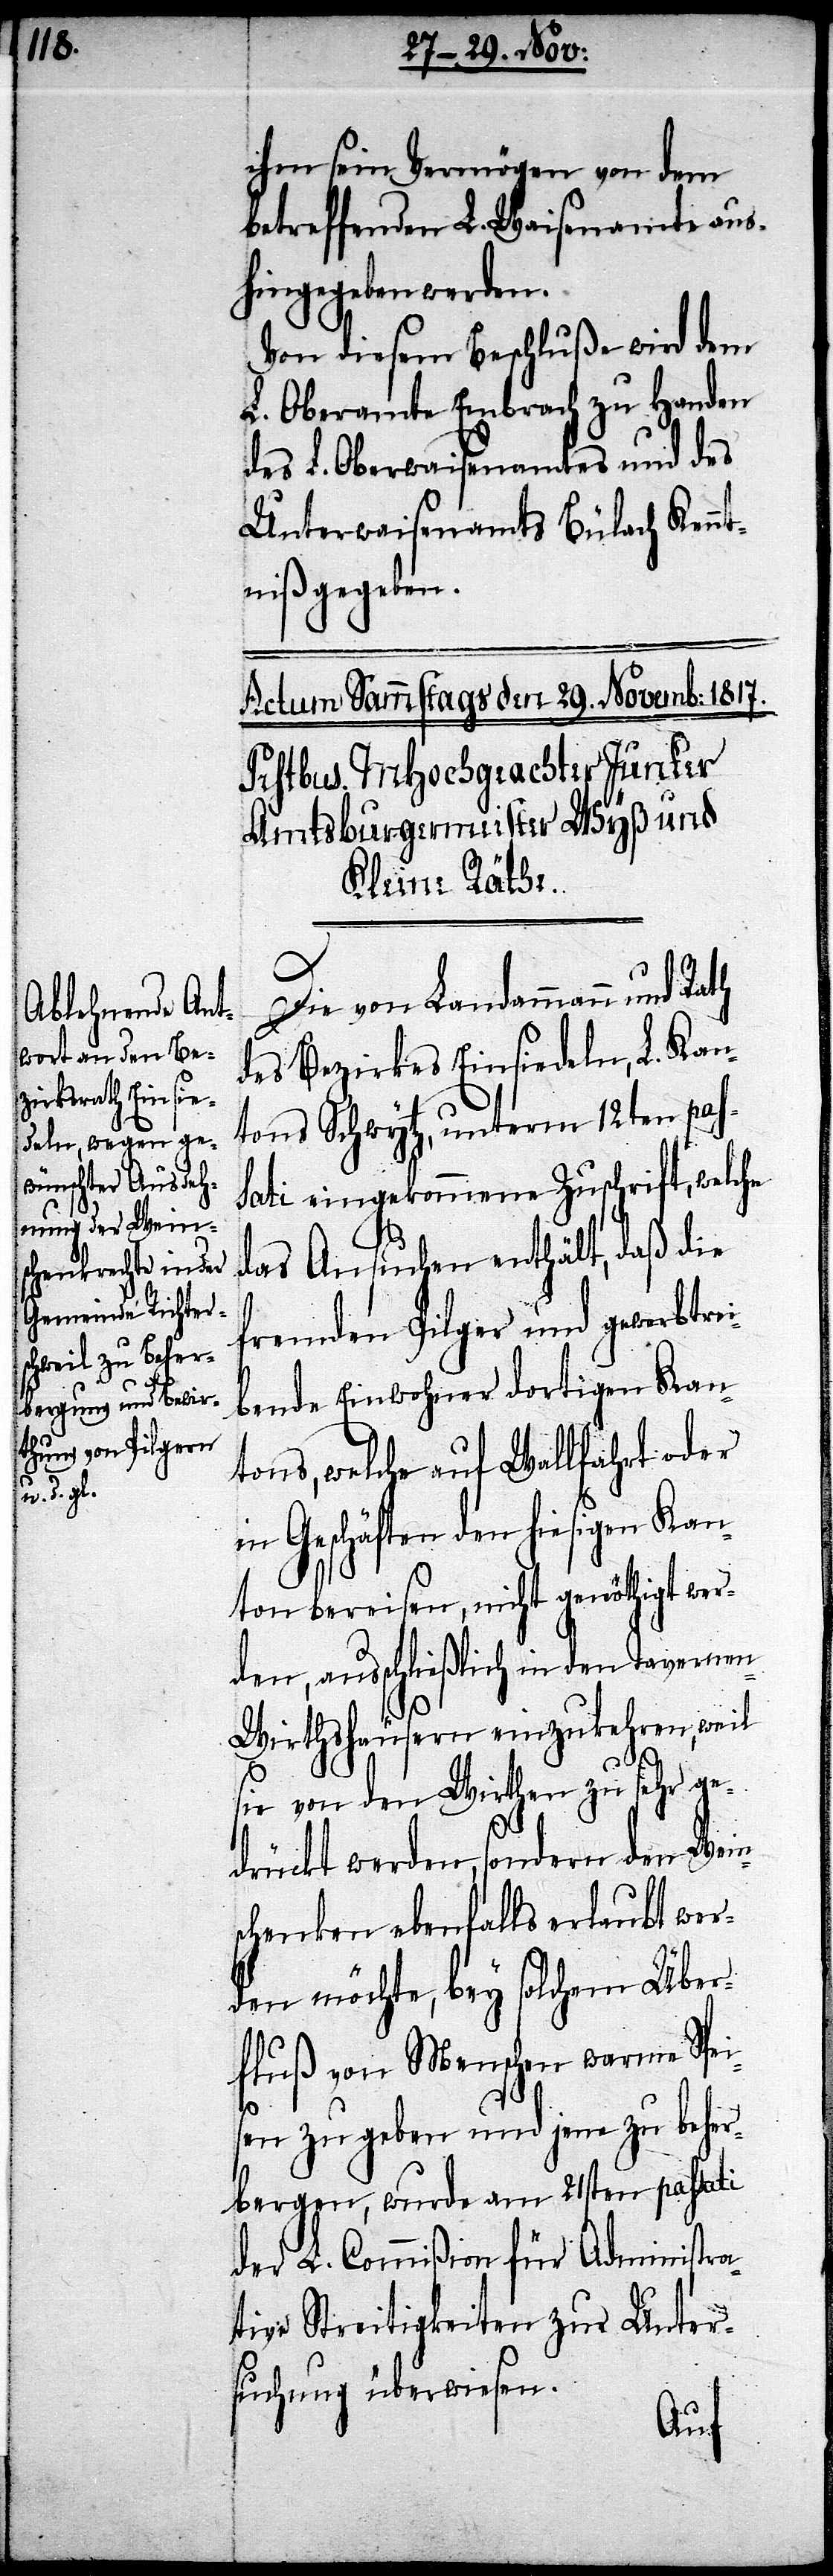
ihm sein Vermögen von dem
betreffenden L. Waisenamte aus¬
hingegeben werden.
Von diesem Beschluße wird dem
L. Oberamte Embrach zu Handen
des L. Oberwaisenamtes und des
Unterwaisenamtes Bülach Kenn¬
tniß gegeben.
Die von Landammann und Rath
des Bezirkes Einsiedeln, L. Kan¬
tons Schwytz, unterm 12ten pas¬
sati eingekommene Zuschrift, welche
das Ansuchen enthält, daß die
fremden Pilger und gewerbtre¬
ibenden Einwohner dortigen Kan¬
tons, welche auf Wallfahrt oder
in Geschäften den hiesigen Kan¬
ton bereisen, nicht genöthigt wer¬
den, ausschließlich in den Tavernen-W¬
irthshäusern einzukehren, weil
sie von den Wirthen zu sehr ge¬
drückt werden, sondern den Wein¬
schenken ebenfalls erlaubt wer¬
den möchte, bey solchem Über¬
fluß von Menschen warme Spei¬
sen zu geben und jene zu beher¬
bergen, wurde am 21sten passati
der L. Commißion für Administra¬
tive Streitigkeiten zu Unter¬
suchung überwiesen.